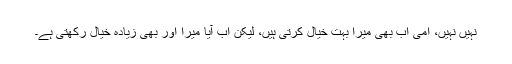
نہیں نہیں، امی اب بھی میرا بہت خیال کرتی ہیں، لیکن اب آیا میرا اور بھی زیادہ خیال رکھتی ہے۔